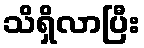
သိရှိလာပြီး